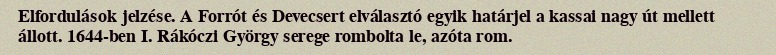
Elfordulások jelzése. A Forrót és Devecsert elválasztó egyik határjel a kassai nagy út mellett állott. 1644-ben I. Rákóczi György serege rombolta le, azóta rom.